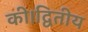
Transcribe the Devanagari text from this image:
की।द्वितीय